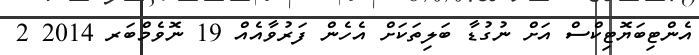
އެންޓިބަޔޮޓިކްސް އަށް ނުގުޑާ ބަލިތަކަށް އެހެން ފަރުވާއެއް 19 ނޮވެމްބަރ 2014 2